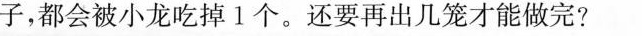
子，都会被小龙吃掉l个。还要再出几笼才能做完?